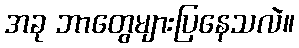
အခု ဘာတွေများပြနေသလဲ။